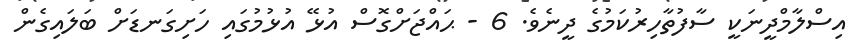
އިސްލާމްދީނަކީ ސާފުތާހިރުކަމުގެ ދީނެވެ. 6 - ޙައްޖަށްގޮސް އުޅޭ އުޅުމުގައި ހަށިގަނޑަށް ބަލައިގެން